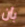
بأن